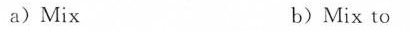
a)Mix b)Mix to